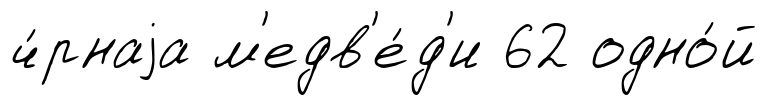
ч́рнаjа м'едв'е́д'и 62 одно́й